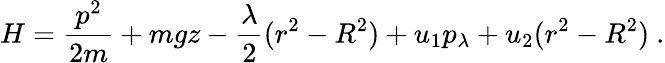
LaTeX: H={\frac{p^{2}}{2m}}+mgz-{\frac{\lambda}{2}}(r^{2}-R^{2})+u_{1}p_{\lambda}+u_{2}(r^{2}-R^{2})~.